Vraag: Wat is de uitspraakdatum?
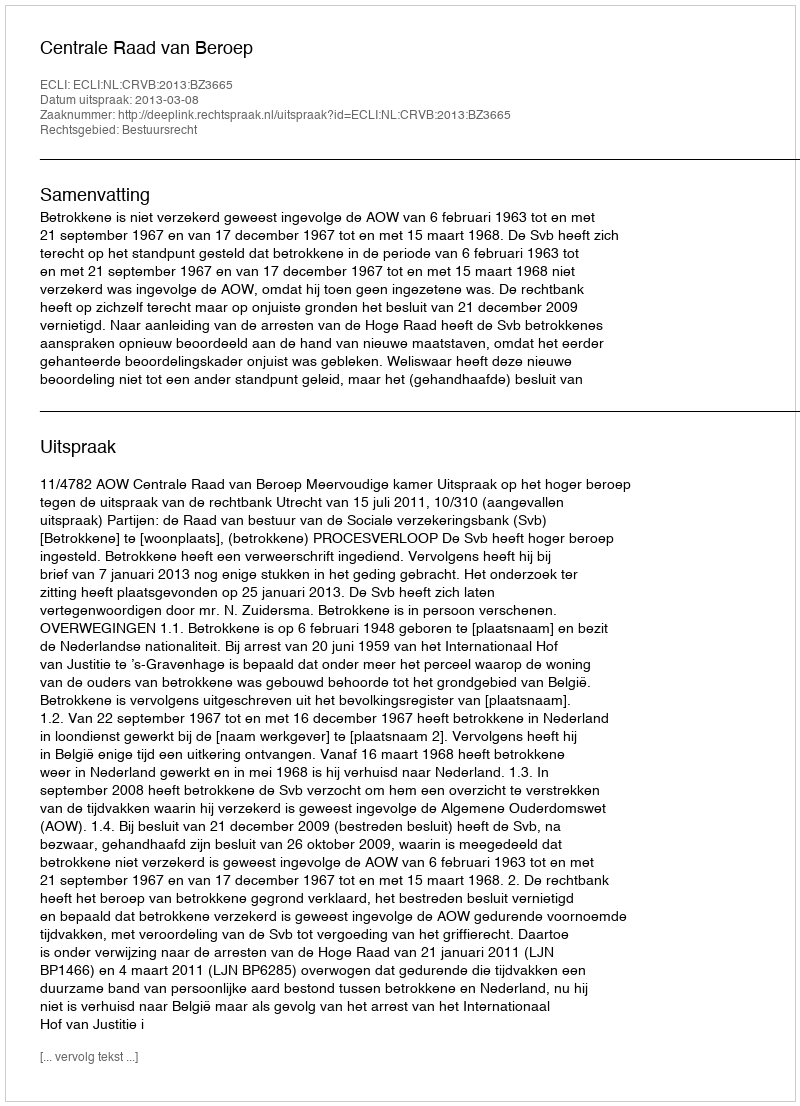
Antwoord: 2013-03-08